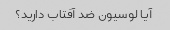
آیا لوسیون ضد آفتاب دارید؟